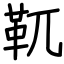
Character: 靰